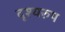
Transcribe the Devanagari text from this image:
दृश्यरुप